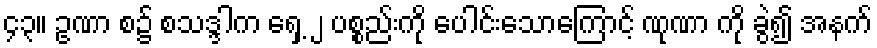
၄၃။ ဥဏာ စ၌ စသဒ္ဒါက ရှေ့ ၂ ပစ္စည်းကို ပေါင်းသောကြောင့် ဏုဏာ ကို ခွဲ၍ အနက်